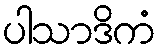
ပါသာဒိကံ